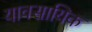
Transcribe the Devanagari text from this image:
यावसायिक